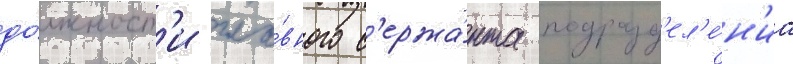
до́лжност'и гла́вного с'ержа́нта подразд'ел'е́н'иа